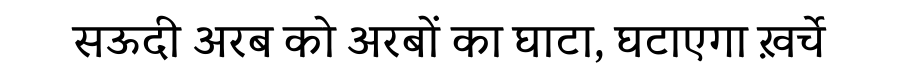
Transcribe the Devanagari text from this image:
सऊदी अरब को अरबों का घाटा, घटाएगा ख़र्चे